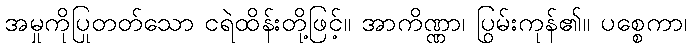
အမှုကိုပြုတတ်သော ငရဲထိန်းတို့ဖြင့်။ အာကိဏ္ဏာ၊ ပြွမ်းကုန်၏။ ပစ္စေကာ၊